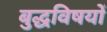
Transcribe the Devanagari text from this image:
बुद्धविषयों